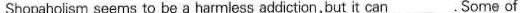
Shopaholism seems to be a harmless addiction,but it can_.Some of